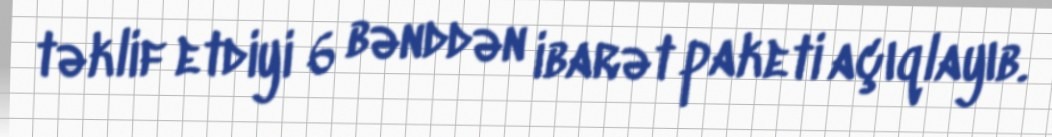
təklif etdiyi 6 bənddən ibarət paketi açıqlayıb.